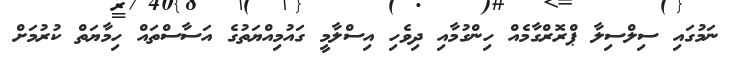
ނަމުގައި ސިލްސިލާ ޕްރޮރްގާމެއް ހިންގުމާއި ދިވެހި އިސްލާމީ ގައުމިއްޔަތުގެ އަސާސްތައް ހިމާޔަތް ކުރުމަށް